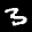
Label: 3